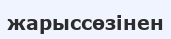
жарыссөзінен